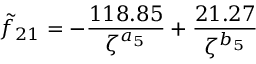
\tilde { f } _ { 2 1 } = - \frac { 1 1 8 . 8 5 } { \zeta ^ { a _ { 5 } } } + \frac { 2 1 . 2 7 } { \zeta ^ { b _ { 5 } } }